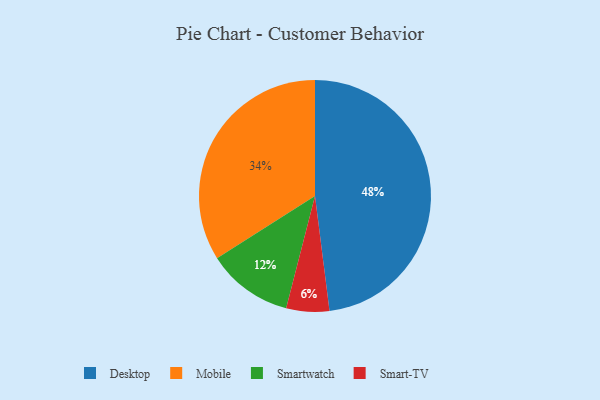
{"axis": {"x": "Category", "y": "Percentage"}, "legend": ["Desktop", "Mobile", "Smart-TV", "Smartwatch"], "data": [{"x": "Mobile", "y": 34, "type": "Mobile"}, {"x": "Smart-TV", "y": 6, "type": "Smart-TV"}, {"x": "Smartwatch", "y": 12, "type": "Smartwatch"}, {"x": "Desktop", "y": 48, "type": "Desktop"}]}